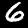
Label: 6